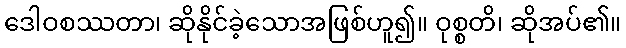
ဒေါဝစဿတာ၊ ဆိုနိုင်ခဲ့သောအဖြစ်ဟူ၍။ ဝုစ္စတိ၊ ဆိုအပ်၏။